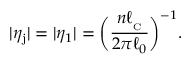
\vert \eta _ { \mathrm { j } } \vert = \vert \eta _ { 1 } \vert = \biggl ( \frac { n \ell _ { _ \mathrm { C } } } { 2 \pi \ell _ { 0 } } \biggl ) ^ { - 1 } .